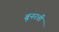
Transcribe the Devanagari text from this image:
बूनरत्ती